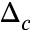
\Delta _ { c }